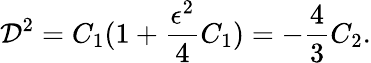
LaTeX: {\cal D}^{2}=C_{1}(1+\frac{\epsilon^{2}}{4}C_{1})=-\frac{4}{3}C_{2}.